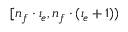
[ n _ { f } \cdot \iota _ { e } , n _ { f } \cdot ( \iota _ { e } + 1 ) )